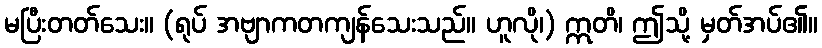
မပြီးတတ်သေး။ (ရုပ် အဗျာကတကျန်သေးသည်။ ဟူလို၊) ဣတိ၊ ဤသို့ မှတ်အပ်၏။